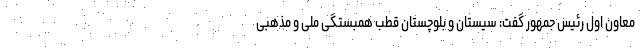
معاون اول رئیس جمهور گفت: سیستان و بلوچستان قطب همبستگی ملی و مذهبی